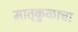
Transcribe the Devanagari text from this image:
मातृकुळाचा